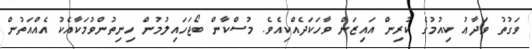
ވަގުތު ވަދާޢު ކިއުމުގެ ކުރިން އައިޒަން ވާހަކަދެއްކިއެވެ. މުސްކާން ބޯޖަހައިލުމުން ހިނިތުންވުމަކާއެކު އެއްއަތުން